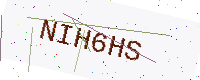
Text: NIH6HS